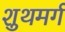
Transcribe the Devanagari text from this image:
शुथमर्ग